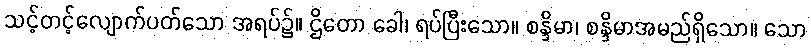
သင့်တင့်လျောက်ပတ်သော အရပ်၌။ ဌိတော ခေါ၊ ရပ်ပြီးသော။ စန္ဒိမာ၊ စန္ဒိမာအမည်ရှိသော။ သော